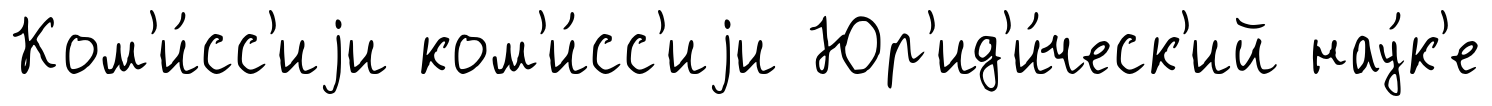
Ком'и́сс'иjи ком'и́сс'иjи Юр'ид'и́ческ'ий нау́к'е